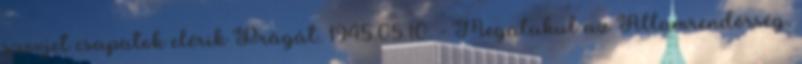
szovjet csapatok elérik Prágát. 1945.05.10. - Megalakul az Államrendõrség,